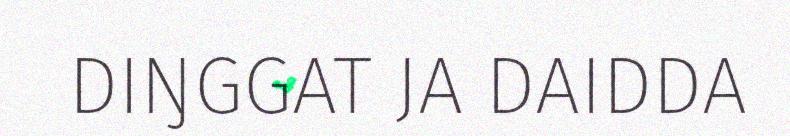
DIŊGGAT JA DAIDDA